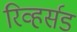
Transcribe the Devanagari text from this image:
रिव्हर्सड